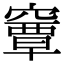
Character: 𥨎